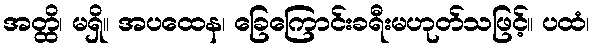
အတ္ထိ၊ မရှိ။ အပထေန၊ ခြေကြောင်းခရီးမဟုတ်သဖြင့်။ ပထံ၊